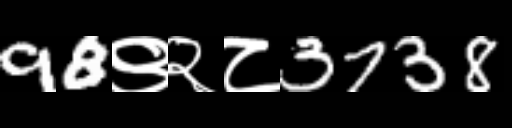
Text: 98९२८3738